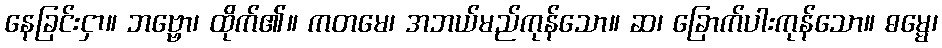
နေခြင်းငှာ။ ဘဗ္ဗော၊ ထိုက်၏။ ကတမေ၊ အဘယ်မည်ကုန်သော။ ဆ၊ ခြောက်ပါးကုန်သော။ ဓမ္မေ၊